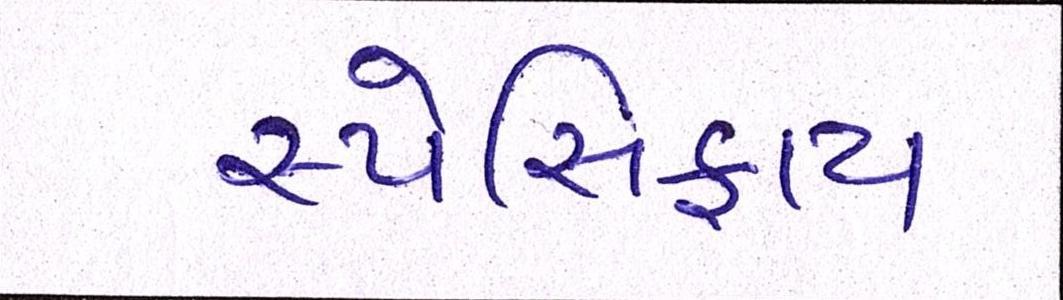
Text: સ્પેસિફાય